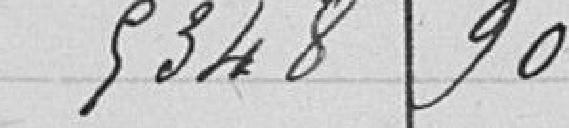
5348 90